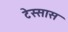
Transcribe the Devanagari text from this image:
टेस्सास